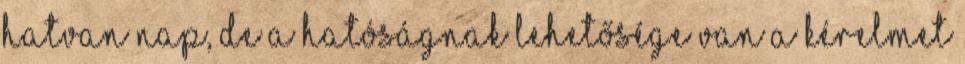
hatvan nap, de a hatóságnak lehetősége van a kérelmet